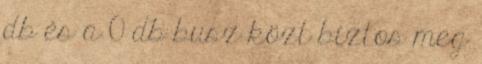
db és a 0 db busz közt biztos meg